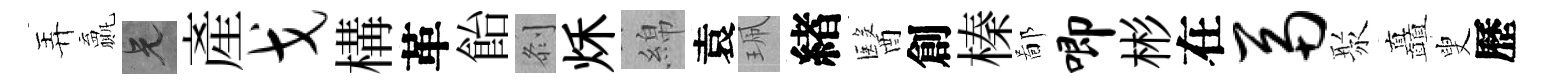
弄贏兄產戈構革飴𠛴秌綿袁珮緖醫創榛鄙唧彬在鬲聚矗叟歷